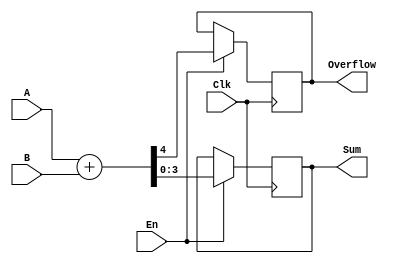
module adder(
    input [3:0] A,
    input [3:0] B,
    input Clk,
    input En,
    output [3:0] Sum,
    output Overflow
    );
	
	reg [3:0] Sum;
	reg Overflow;
	wire [4:0] tmp;
	assign tmp = A + B;
	
	initial begin
		Sum = 0;
		Overflow = 0;
	end
	
	always @(posedge Clk) begin
		if (En) {Overflow, Sum} <= tmp;
	end

endmodule